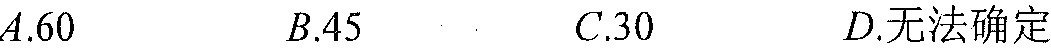
$A.60\quad B.45\quad C.30\quad D.无法确定$